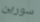
سورين